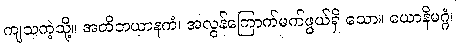
ကျသကဲ့သို့။ အတိဘယာနကံ၊ အလွန်ကြောက်မက်ဖွယ်ရှိ သော။ ယောနိမဂ္ဂံ၊